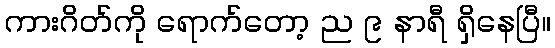
ကားဂိတ်ကို ရောက်တော့ ည ၉ နာရီ ရှိနေပြီ။